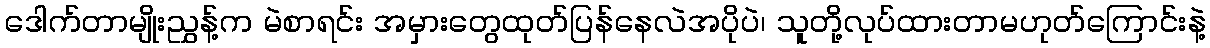
ဒေါက်တာမျိုးညွှန့်က မဲစာရင်း အမှားတွေထုတ်ပြန်နေလဲအပိုပဲ၊ သူတို့လုပ်ထားတာမဟုတ်ကြောင်းနဲ့